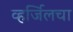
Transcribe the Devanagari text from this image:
व्हर्जिलचा